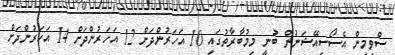
ސްވިމިން އެސޯސިއޭޝަނުން ބުނީ މިމުބާރާތުގައި 10 އަހަރުންދަށް 12 އަހަރުންދަށް 14 އަހަރުންދަށް